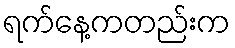
ရက်နေ့ကတည်းက